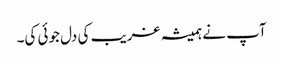
آپ نے ہمیشہ غریب کی دل جوئی کی۔